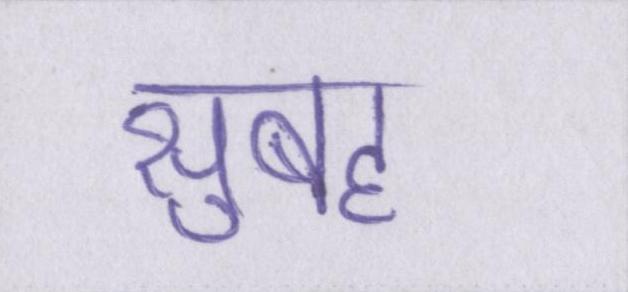
सुबह